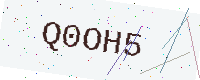
Text: Q0OH5